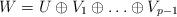
LaTeX: \begin{align*}W = U \oplus V_1 \oplus \ldots \oplus V_{p-1} \end{align*}